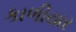
કાળીયાર